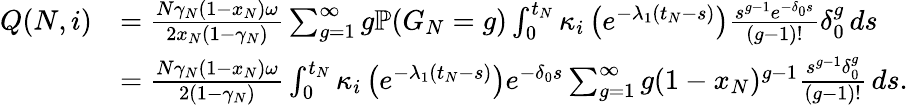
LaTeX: \begin{array}{rl}{Q(N,i)}&{=\frac{N\gamma_{N}(1-x_{N})\omega}{2x_{N}(1-\gamma_{N})}\sum_{g=1}^{\infty}g\mathbb{P}(G_{N}=g)\int_{0}^{t_{N}}\kappa_{i}\left(e^{-\lambda_{1}(t_{N}-s)}\right)\frac{s^{g-1}e^{-\delta_{0}s}}{(g-1)!}\delta_{0}^{g}\, ds}\\ &{=\frac{N\gamma_{N}(1-x_{N})\omega}{2(1-\gamma_{N})}\int_{0}^{t_{N}}\kappa_{i}\left(e^{-\lambda_{1}(t_{N}-s)}\right)e^{-\delta_{0}s}\sum_{g=1}^{\infty}g(1-x_{N})^{g-1}\frac{s^{g-1}\delta_{0}^{g}}{(g-1)!}\, ds.}\end{array}